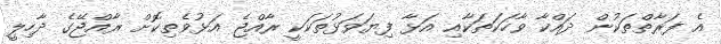
އެ ފަރާތްތަކުން ދައްކާ ވާހަކަތަކާއި އަޅާ ފިޔަވަޅުތަކަކީ ރާއްޖެ އަަޅުވެތިކޮށް ރާއްޖޭގެ ދާހިލީ